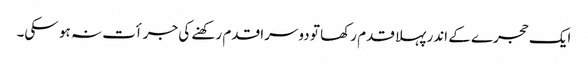
ایک حجرے کے اندر پہلا قدم رکھا تو دوسرا قدم رکھنے کی جرأت نہ ہو سکی۔